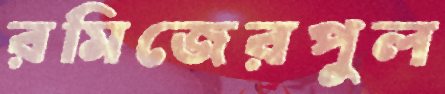
রমিজেরপুল